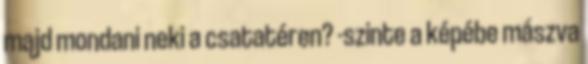
majd mondani neki a csatatéren? -szinte a képébe mászva